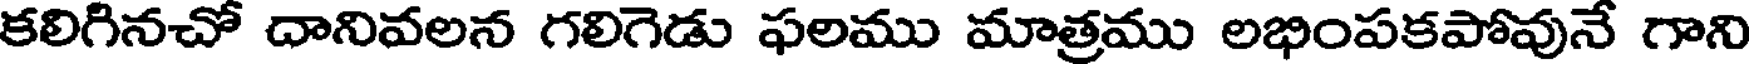
కలిగినచో దానివలన గలిగెడు ఫలము మాత్రము లభింపకపోవునే గాని